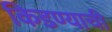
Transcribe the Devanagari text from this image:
किडण्याची